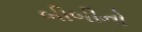
બીબીનો